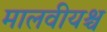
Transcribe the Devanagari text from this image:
मालवीयश्च